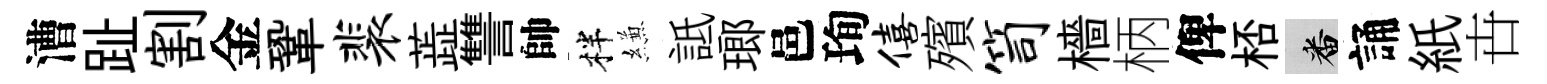
漕趾割金鞏裴蕋讐帥柈縑詆瑯邑珣僖殯笥檣柄俾桮番誦紙卋